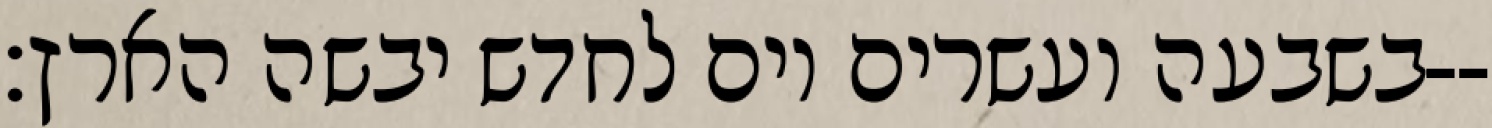
בשבעה ועשרים יום לחדש יבשה הארץ׃--